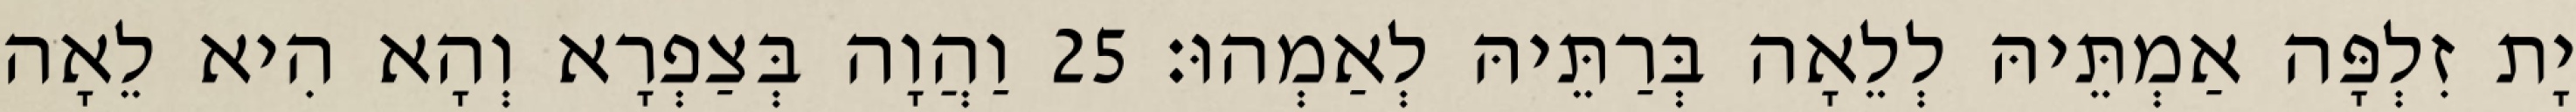
יָת זִלְפָּה אַמְתֵּיהּ לְלֵאָה בְּרַתֵּיהּ לְאַמְהוּ׃ 25 וַהֲוָה בְּצַפְרָא וְהָא הִיא לֵאָה